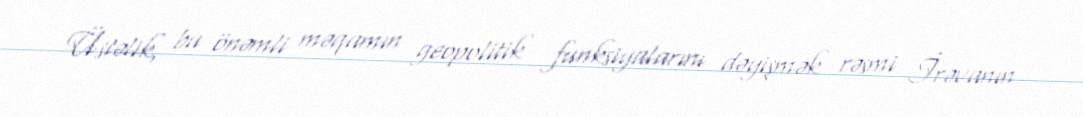
Üstəlik, bu önəmli məqamın geopolitik funksiyalarını dəyişmək rəsmi İrəvanın